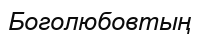
Боголюбовтың